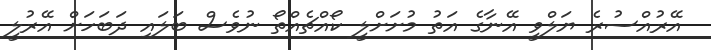
އޭރުއްސުރެ ޔަލްވީ އޭނާގެ އަތު މުށަށްލީ ކޯއްޗެއްތޯ ނުވެސް ބަލައި ދަބަހަށް އޭރުލީ